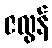
ဇလွန်